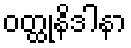
ဝတ္ထုနိဒါနာ